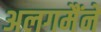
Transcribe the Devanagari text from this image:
अलगमैंने